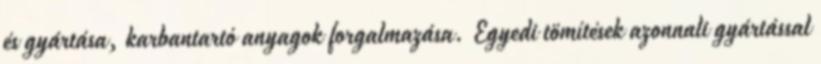
és gyártása, karbantartó anyagok forgalmazása. Egyedi tömítések azonnali gyártással